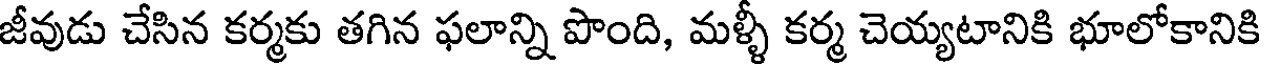
జీవుడు చేసిన కర్మకు తగిన ఫలాన్ని పొంది, మళ్ళీ కర్మ చెయ్యటానికి భూలోకానికి